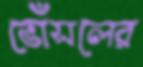
ভোঁসলের